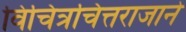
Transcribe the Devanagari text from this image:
विचित्रचित्तराजाने